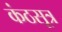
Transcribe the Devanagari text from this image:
कंठसूत्र